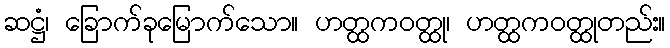
ဆဋ္ဌံ၊ ခြောက်ခုမြောက်သော။ ဟတ္ထကဝတ္ထု၊ ဟတ္ထကဝတ္ထုတည်း။